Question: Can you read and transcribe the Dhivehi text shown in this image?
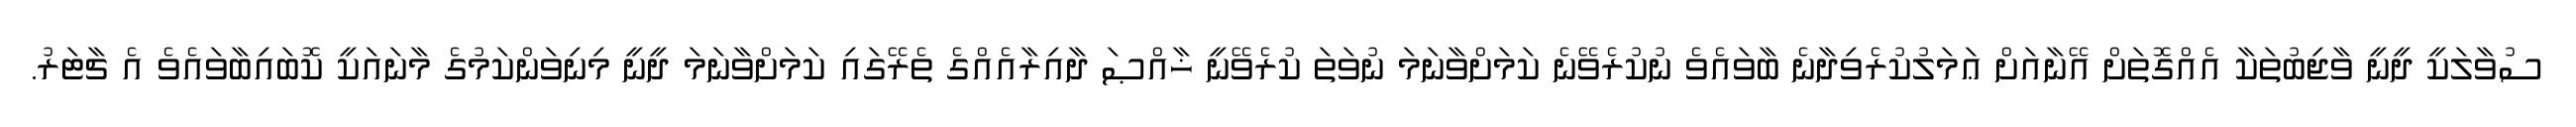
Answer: ސުވާލަކީ ދީނީ ވާޖިބުތަކާ އެއްގޮތަށް އޭނާއަށް ޢަމަލުކުރެވިދާނެ ބާވައެވެ ނުކުރެވޭނެ ކަމަށްވާނަމަ ނުވަތަ ކުރެވޭނީ ޚާއްޞަ ދާއިރާއެއްގެ ތެރޭގައި ކަމަށްވާނަމަ ދީނީ މިނިވަންކަމުގެ މާނައަކީ ކޮބައިބާވައެވެ އެ ޗާޓަރު.